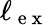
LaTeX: \ell_{\mathrm{~e~x~}}